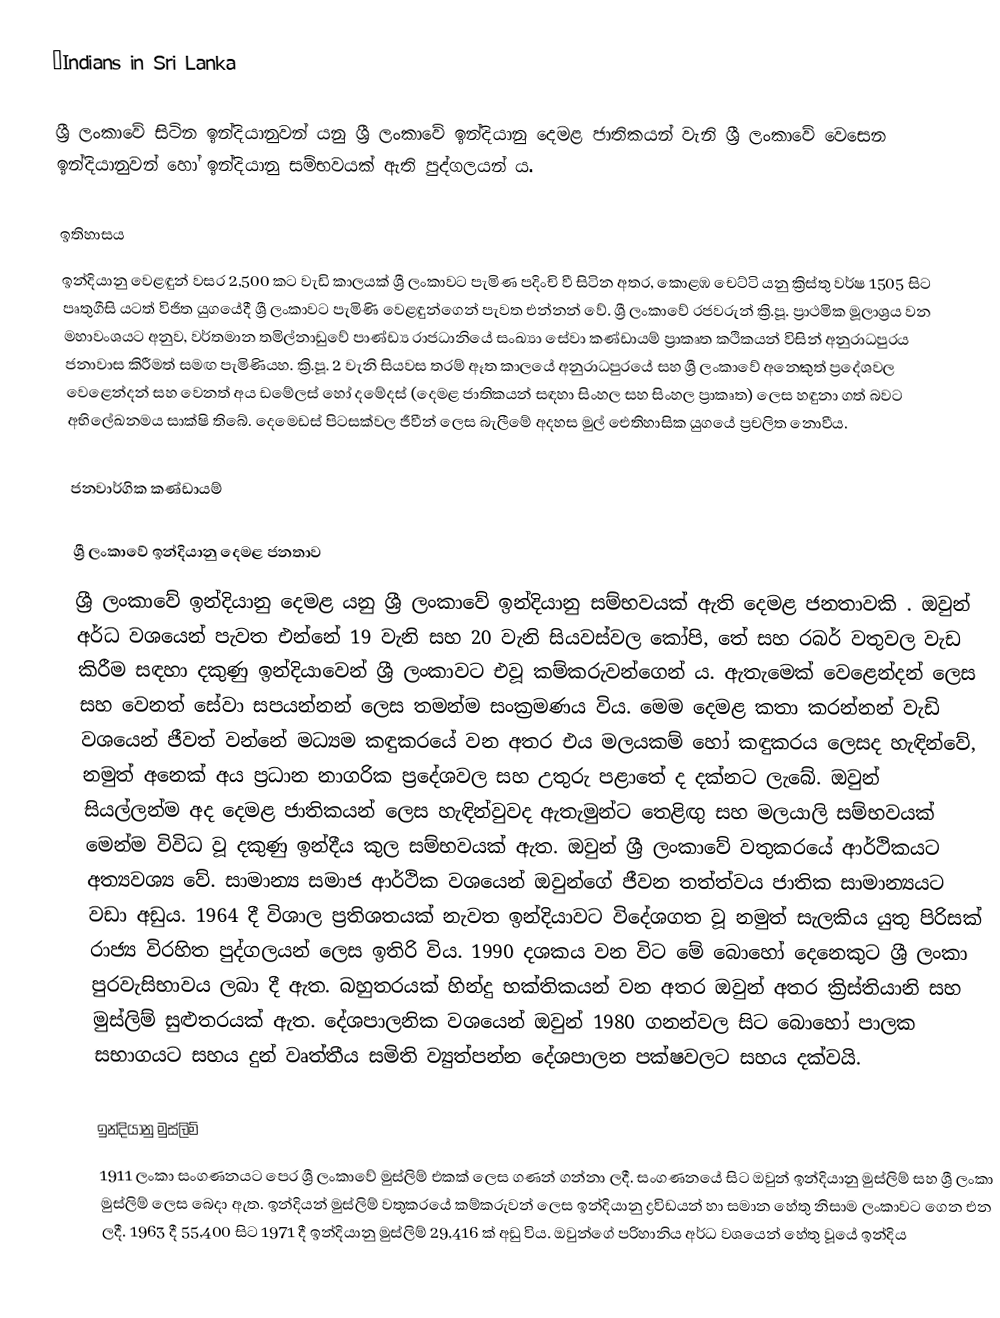
ΒIndians in Sri Lanka

ශ්‍රී ලංකාවේ සිටින ඉන්දියානුවන් යනු ශ්‍රී ලංකාවේ ඉන්දියානු දෙමළ ජාතිකයන් වැනි ශ්‍රී ලංකාවේ වෙසෙන ඉන්දියානුවන් හෝ ඉන්දියානු සම්භවයක් ඇති පුද්ගලයන් ය.

ඉතිහාසය
ඉන්දියානු වෙළඳුන් වසර 2,500 කට වැඩි කාලයක් ශ්‍රී ලංකාවට පැමිණ පදිංචි වී සිටින අතර, කොළඹ චෙට්ටි යනු ක්‍රිස්තු වර්ෂ 1505 සිට පෘතුගීසි යටත් විජිත යුගයේදී ශ්‍රී ලංකාවට පැමිණි වෙළඳුන්ගෙන් පැවත එන්නන් වේ. ශ්‍රී ලංකාවේ රජවරුන් ක්‍රි.පූ. ප්‍රාථමික මූලාශ්‍රය වන මහාවංශයට අනුව, වර්තමාන තමිල්නාඩුවේ පාණ්ඩ්‍ය රාජධානියේ සංඛ්‍යා සේවා කණ්ඩායම් ප්‍රාකෘත කථිකයන් විසින් අනුරාධපුරය ජනාවාස කිරීමත් සමඟ පැමිණියහ. ක්‍රි.පූ. 2 වැනි සියවස තරම් ඈත කාලයේ අනුරාධපුරයේ සහ ශ්‍රී ලංකාවේ අනෙකුත් ප්‍රදේශවල වෙළෙන්දන් සහ වෙනත් අය ඩමේලස් හෝ දමේදස් (දෙමළ ජාතිකයන් සඳහා සිංහල සහ සිංහල ප්‍රාකෘත) ලෙස හඳුනා ගත් බවට අභිලේඛනමය සාක්ෂි තිබේ. දෙමෙඩස් පිටසක්වල ජීවීන් ලෙස බැලීමේ අදහස මුල් ඓතිහාසික යුගයේ ප්‍රචලිත නොවීය.

ජනවාර්ගික කණ්ඩායම්

ශ්‍රී ලංකාවේ ඉන්දියානු දෙමළ ජනතාව
ශ්‍රී ලංකාවේ ඉන්දියානු දෙමළ යනු ශ්‍රී ලංකාවේ ඉන්දියානු සම්භවයක් ඇති දෙමළ ජනතාවකි . ඔවුන් අර්ධ වශයෙන් පැවත එන්නේ 19 වැනි සහ 20 වැනි සියවස්වල කෝපි, තේ සහ රබර් වතුවල වැඩ කිරීම සඳහා දකුණු ඉන්දියාවෙන් ශ්‍රී ලංකාවට එවූ කම්කරුවන්ගෙන් ය. ඇතැමෙක් වෙළෙන්දන් ලෙස සහ වෙනත් සේවා සපයන්නන් ලෙස තමන්ම සංක්‍රමණය විය. මෙම දෙමළ කතා කරන්නන් වැඩි වශයෙන් ජීවත් වන්නේ මධ්‍යම කඳුකරයේ වන අතර එය මලයකම් හෝ කඳුකරය ලෙසද හැඳින්වේ, නමුත් අනෙක් අය ප්‍රධාන නාගරික ප්‍රදේශවල සහ උතුරු පළාතේ ද දක්නට ලැබේ. ඔවුන් සියල්ලන්ම අද දෙමළ ජාතිකයන් ලෙස හැඳින්වුවද ඇතැමුන්ට තෙළිඟු සහ මලයාලි සම්භවයක් මෙන්ම විවිධ වූ දකුණු ඉන්දීය කුල සම්භවයක් ඇත. ඔවුන් ශ්‍රී ලංකාවේ වතුකරයේ ආර්ථිකයට අත්‍යවශ්‍ය වේ. සාමාන්‍ය සමාජ ආර්ථික වශයෙන් ඔවුන්ගේ ජීවන තත්ත්වය ජාතික සාමාන්‍යයට වඩා අඩුය. 1964 දී විශාල ප්‍රතිශතයක් නැවත ඉන්දියාවට විදේශගත වූ නමුත් සැලකිය යුතු පිරිසක් රාජ්‍ය විරහිත පුද්ගලයන් ලෙස ඉතිරි විය. 1990 දශකය වන විට මේ බොහෝ දෙනෙකුට ශ්‍රී ලංකා පුරවැසිභාවය ලබා දී ඇත. බහුතරයක් හින්දු භක්තිකයන් වන අතර ඔවුන් අතර ක්‍රිස්තියානි සහ මුස්ලිම් සුළුතරයක් ඇත. දේශපාලනික වශයෙන් ඔවුන් 1980 ගනන්වල සිට බොහෝ පාලක සභාගයට සහය දුන් වෘත්තීය සමිති ව්‍යුත්පන්න දේශපාලන පක්ෂවලට සහය දක්වයි.

ඉන්දියානු මුස්ලිම්
1911 ලංකා සංගණනයට පෙර ශ්‍රී ලංකාවේ මුස්ලිම් එකක් ලෙස ගණන් ගන්නා ලදී. සංගණනයේ සිට ඔවුන් ඉන්දියානු මුස්ලිම් සහ ශ්‍රී ලංකා මුස්ලිම් ලෙස බෙදා ඇත. ඉන්දියන් මුස්ලිම් වතුකරයේ කම්කරුවන් ලෙස ඉන්දියානු ද්‍රවිඩයන් හා සමාන හේතු නිසාම ලංකාවට ගෙන එන ලදී. 1963 දී 55,400 සිට 1971 දී ඉන්දියානු මුස්ලිම්  29,416 ක් අඩු විය. ඔවුන්ගේ පරිහානිය අර්ධ වශයෙන් හේතු වූයේ ඉන්දිය